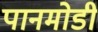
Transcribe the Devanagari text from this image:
पानमोडी